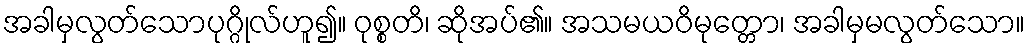
အခါမှလွတ်သောပုဂ္ဂိုလ်ဟူ၍။ ဝုစ္စတိ၊ ဆိုအပ်၏။ အသမယဝိမုတ္တော၊ အခါမှမလွတ်သော။